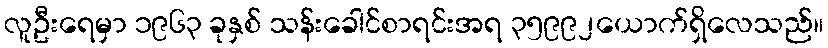
လူဦးရေမှာ ၁၉၆၃ ခုနှစ် သန်းခေါင်စာရင်းအရ ၃၅၉၉၂ယောက်ရှိလေသည်။